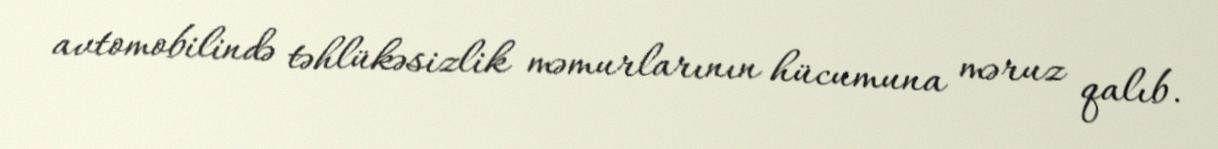
avtomobilində təhlükəsizlik məmurlarının hücumuna məruz qalıb.